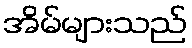
အိမ်များသည်